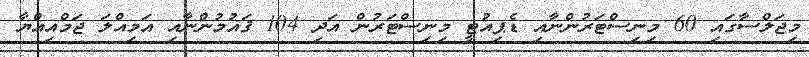
މިޖަލްސާގައި 60 މިނިސްޓަރުންނާއި ޑެޕިއުޓީ މިނިސްޓަރުން އަދި 104 ޤައުމުންނާއި އަމިއްލަ ޖަމްއިއްޔާ